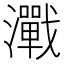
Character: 𬉢